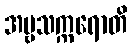
အမ္ဗသက္ကရောတိ